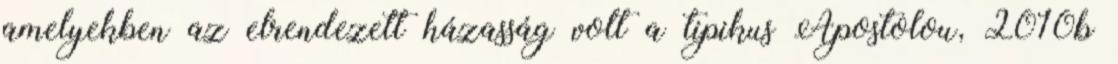
amelyekben az elrendezett házasság volt a tipikus Apostolou, 2010b